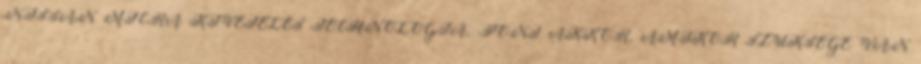
NISSAN MICRA KIVÉTELES TECHNOLÓGIA. PONT AKKOR, AMIKOR SZÜKSÉGE VAN